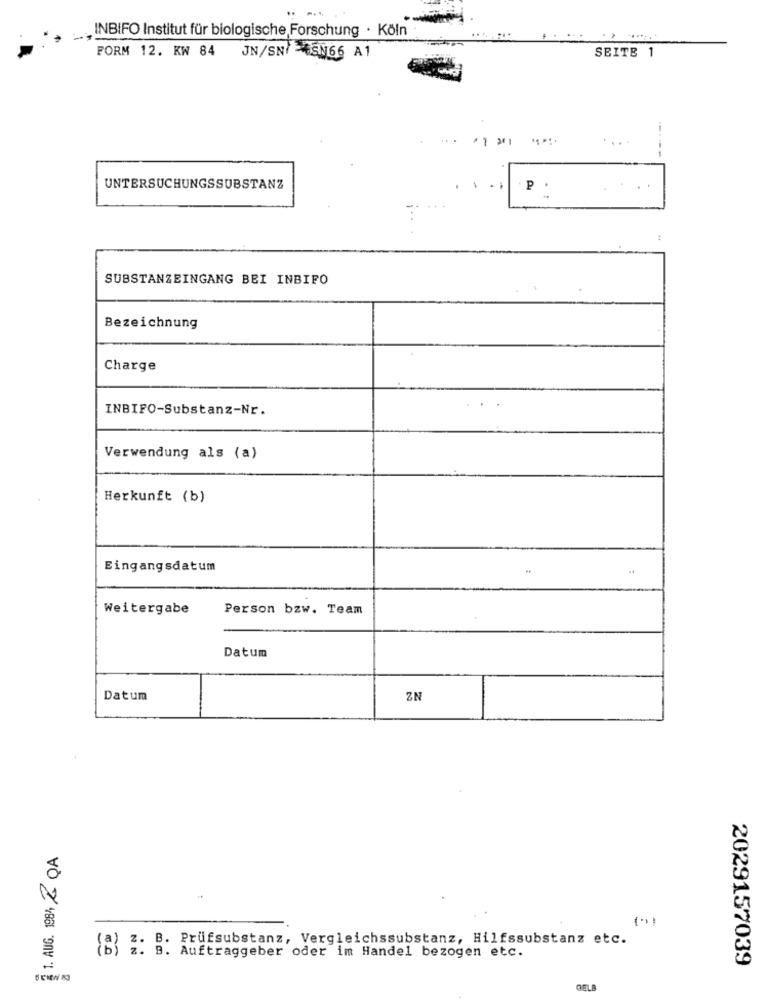
. INBIFO Institut für biologische Forschung · Köln
SEITE 1
FORM 12. KW 84 JN/SN/ -4SN66 A1
-- - 1 31
....
---
UNTERSUCHUNGSSUBSTANZ
P .
SUBSTANZEINGANG BEI INBIFO
Bezeichnung
Charge
INBIFO-Substanz-Nr.
Verwendung als (a)
Herkunft (b)
Eingangsdatum
Weitergabe
Person bzw. Team
Datum
Datum
ZN
1. AUG. 198/ 2 QA
B. Prufsubstanz, Vergleichssubstanz, Hilfssubstanz etc.
(B 2 B. Auftraggeber oder im Handel bezogen etc.
2029157039